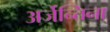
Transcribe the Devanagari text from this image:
अर्जेन्तिना